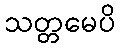
သတ္တမေပိ